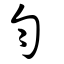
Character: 匀